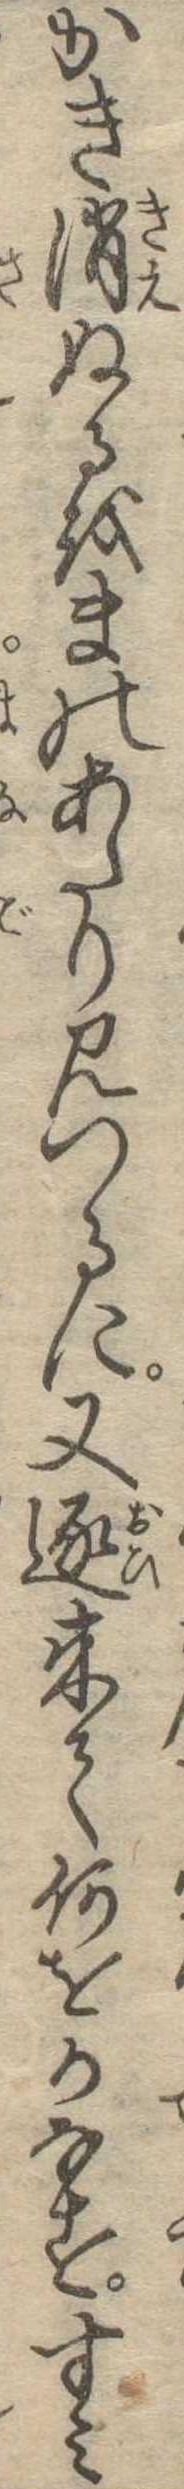
かき消ぬるをまのあたり見つるに又逐来て何をかなすすみ